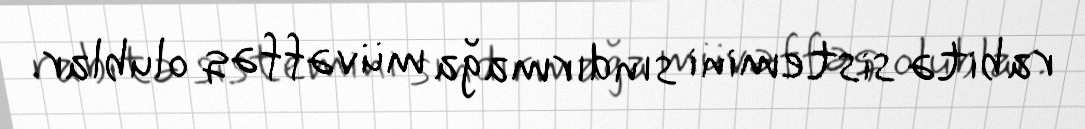
rabitə sistemini sındırmağa müvəffəq olublar.